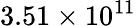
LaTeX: {3.51\times 10^{11}}